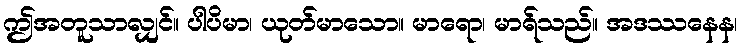
ဤအတူသာလျှင်။ ပါပိမာ၊ ယုတ်မာသော။ မာရော၊ မာရ်သည်။ အဒဿနေန၊